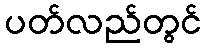
ပတ်လည်တွင်